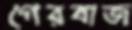
গেরবাজ